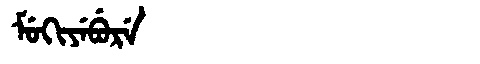
Manchu: ᠮᡠᡴᡳᠶᡝᠪᡠᡵᡝ
Romanization: MUKIYEBURE